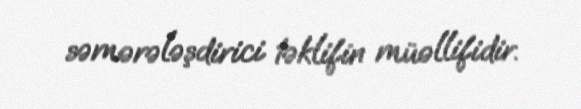
səmərələşdirici təklifin müəllifidir.